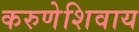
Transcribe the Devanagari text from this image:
करुणेशिवाय